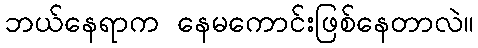
ဘယ်နေရာက နေမကောင်းဖြစ်နေတာလဲ။